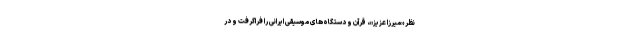
نظر «میرزا عزیز»، قرآن و دستگاه‌های موسیقی ایرانی را فراگرفت و در